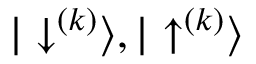
{ | \downarrow ^ { ( k ) } \rangle , | \uparrow ^ { ( k ) } \rangle }